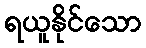
ရယူနိုင်သော